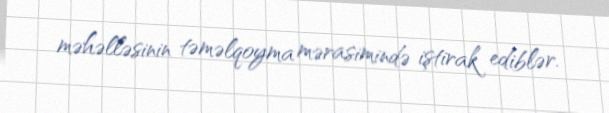
məhəlləsinin təməlqoyma mərasimində iştirak ediblər.